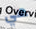
هي